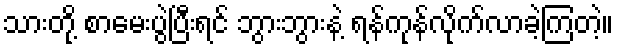
သားတို့ စာမေးပွဲပြီးရင် ဘွားဘွားနဲ့ ရန်ကုန်လိုက်လာခဲ့ကြတဲ့။